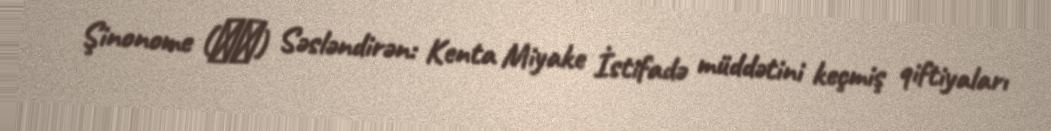
Şinonome (東雲) Səsləndirən: Kenta Miyake İstifadə müddətini keçmiş qiftiyaları